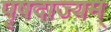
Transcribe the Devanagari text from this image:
पृषदाज्यम्